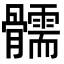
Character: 𩪰